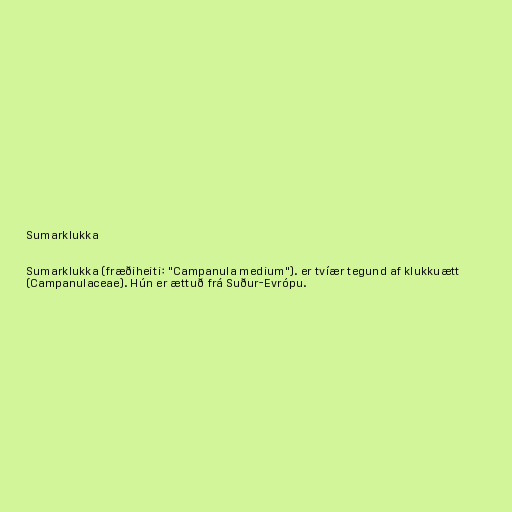
Sumarklukka

Sumarklukka (fræðiheiti: "Campanula medium"). er tvíær tegund af klukkuætt
(Campanulaceae). Hún er ættuð frá Suður-Evrópu.